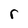
Character: r